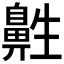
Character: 𱌔